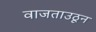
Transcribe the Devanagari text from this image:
वाजताउठून